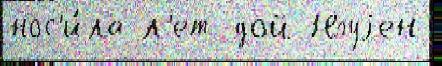
нос'и́ла л'ет дой Нгуjен